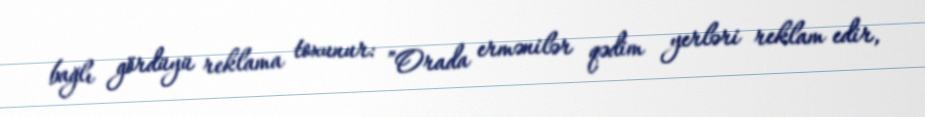
bağlı gördüyü reklama toxunur: ”Orada ermənilər qədim yerləri reklam edir,